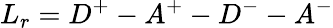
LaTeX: L_{r}=D^{+}-A^{+}-D^{-}-A^{-}